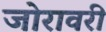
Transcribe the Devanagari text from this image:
जोरावरी